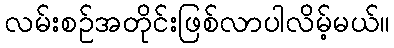
လမ်းစဉ်အတိုင်းဖြစ်လာပါလိမ့်မယ်။